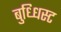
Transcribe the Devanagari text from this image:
बुध्धिस्ट